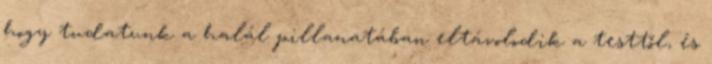
hogy tudatunk a halál pillanatában eltávolodik a testtől, és